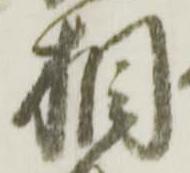
相